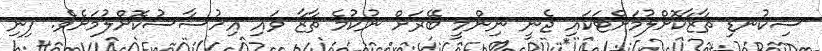
ސިކުނޑި ތާޒާކޮށްލުމަށްޓަކައި ޖެނީ ނިންމީ ބޭރަށް ނުކުމެ ތާޒާ ވައި އިހުސާސުކޮށްލުމަށެވެ. ފިނި